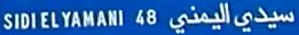
SIDI EL YAMANI 48